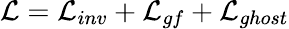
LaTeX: {\cal L}={\cal L}_{inv}+{\cal L}_{gf}+{\cal L}_{ghost}